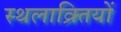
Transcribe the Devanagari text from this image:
स्थलाक्र्तियों